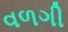
વળગી